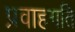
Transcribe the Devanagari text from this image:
प्रवाहगति